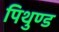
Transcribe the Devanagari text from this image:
पिथुण्ड